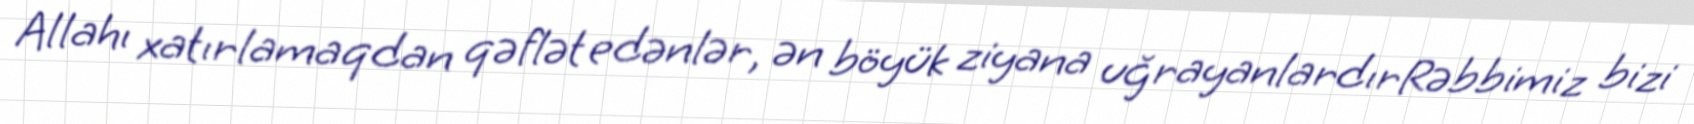
Allahı xatırlamaqdan qəflət edənlər, ən böyük ziyana uğrayanlardırRəbbimiz bizi